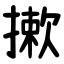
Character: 摗